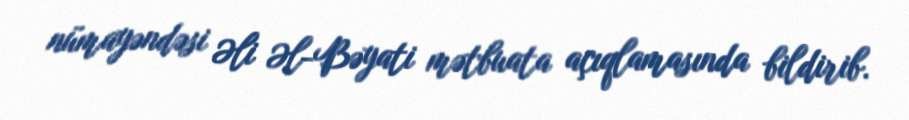
nümayəndəsi Əli Əl-Bəyati mətbuata açıqlamasında bildirib.